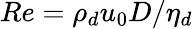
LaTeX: Re={{\rho}_{d}}{{u}_{0}}D/{{\eta}_{d}}